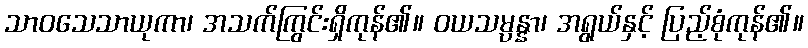
သာဝသေသာယုကာ၊ အသက်ကြွင်းရှိကုန်၏။ ဝယသမ္ပန္နာ၊ အရွယ်နှင့် ပြည့်စုံကုန်၏။